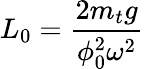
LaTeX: L_{0}=\frac{2m_{t}g}{\phi_{0}^{2}\omega^{2}}